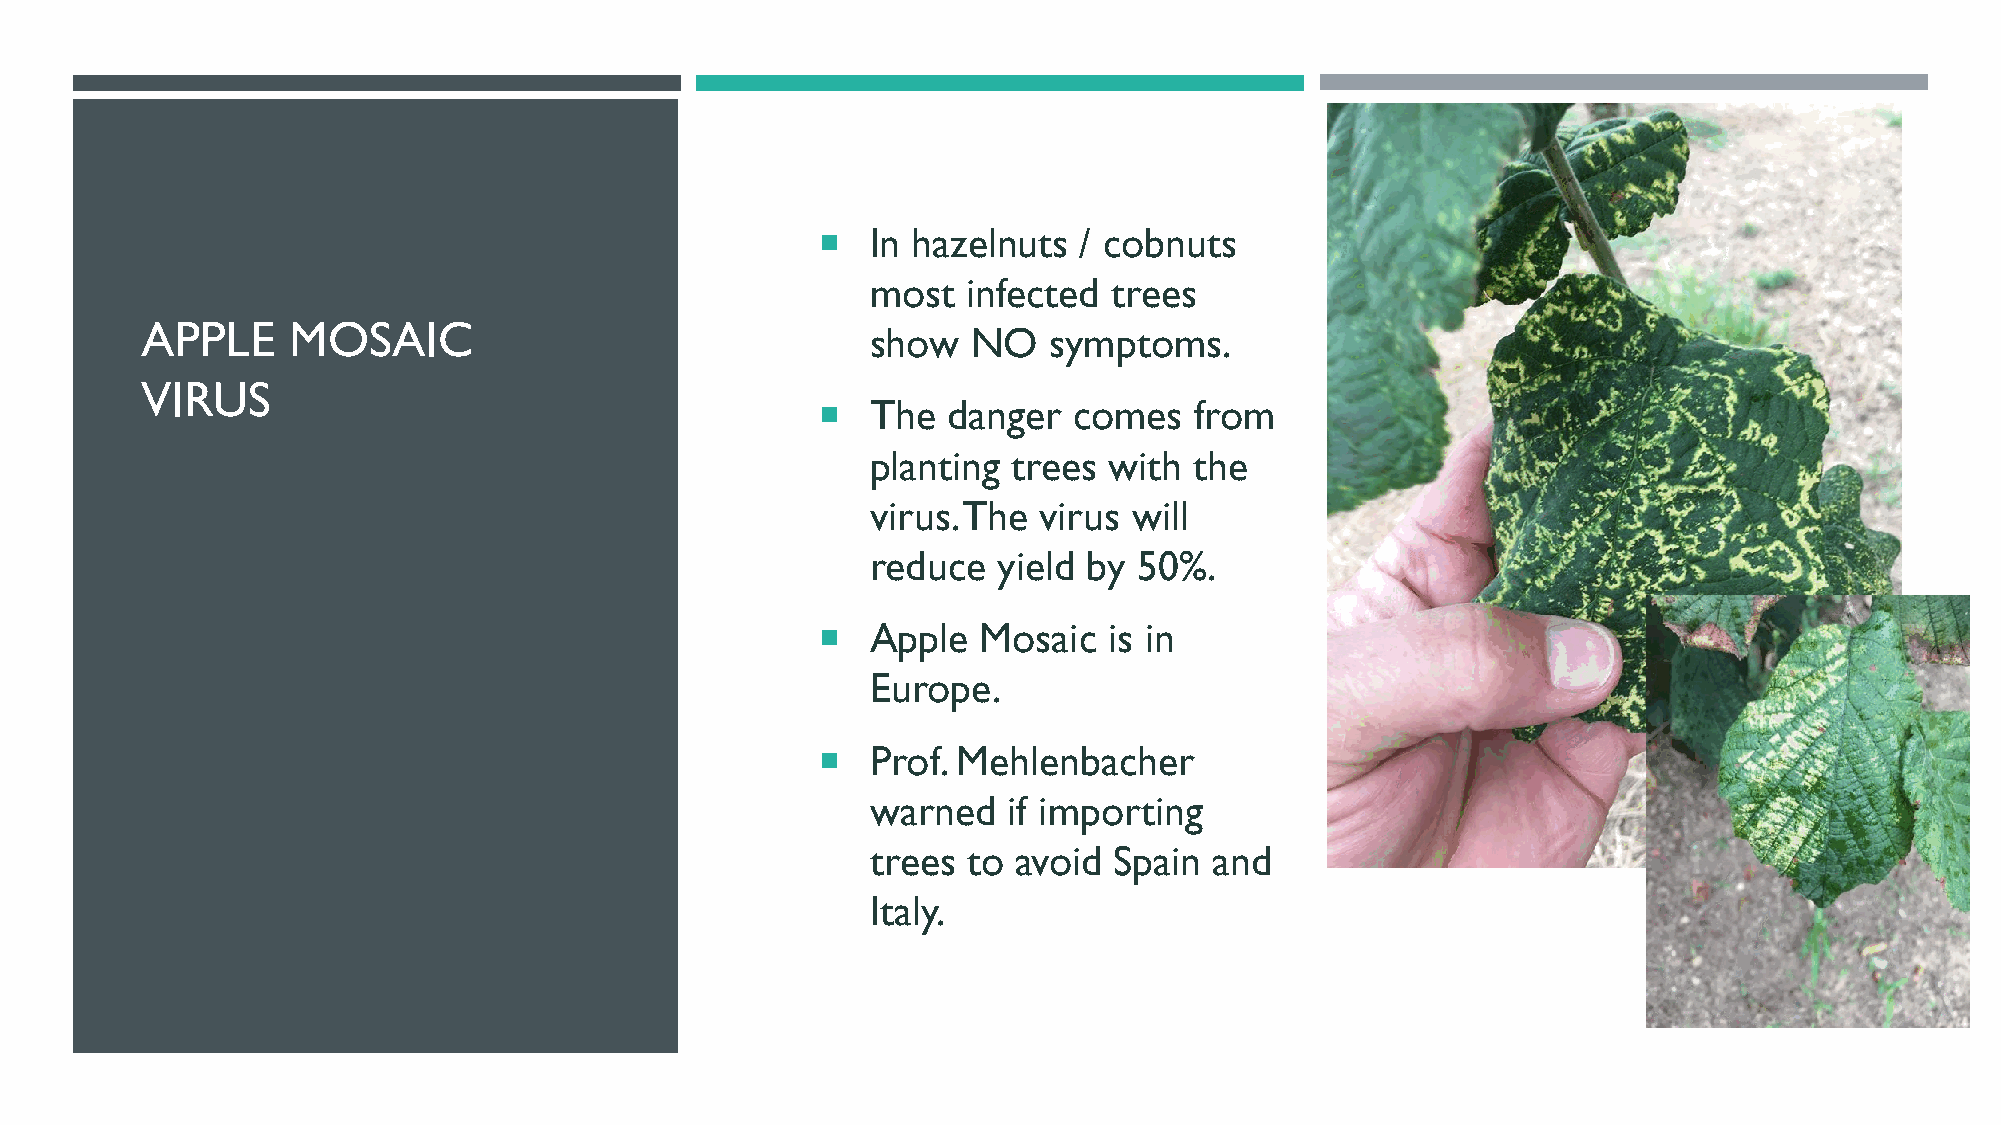
   In hazelnuts / cobnuts
 most  infected  trees
 APPLE     MOSAIC
 show  NO   symptoms.
 VIRUS
    The  danger  comes   from
 planting trees with  the
 virus. The virus will
 reduce  yield by 50%.
    Apple  Mosaic  is in
 Europe.
    Prof. Mehlenbacher
 warned   if importing
 trees to avoid  Spain and
 Italy.